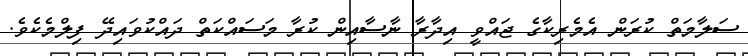
ސަލާމަތް ކުރަން އެމެރިކާގެ ޖައްވީ އިދާރާ ނާސާއިން ކުރާ މަސައްކަތް ދައްކުވައިދޭ ފިލްމެކެވެ.